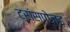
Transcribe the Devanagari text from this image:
ट्रांसपोज्ड